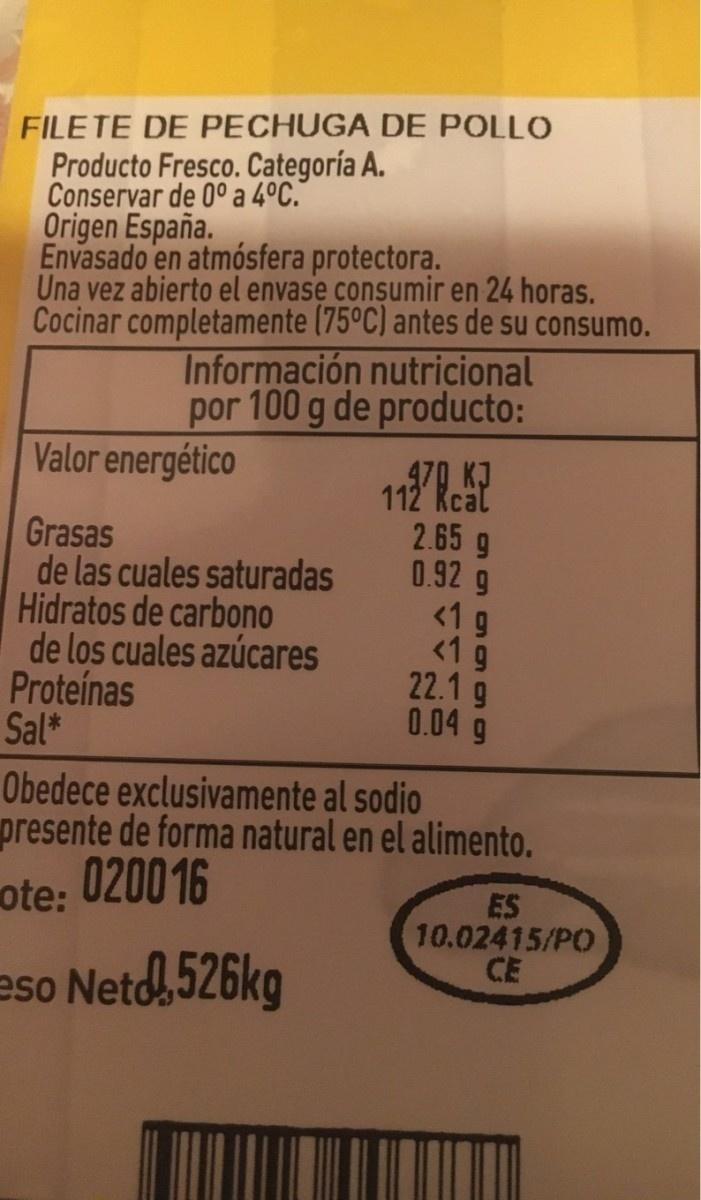
FILETE DE PECHUGA DE POLLO Producto Fresco. Categoría A. Conservar de 0° a 4°C." Origen España. Envasado en atmósfera protectora. Una vez abierto el envase consumir en 24 horas. Cocinar completamente (75°C) antes de su consumo. Información nutricional por 100 g de producto: Valor energético 479 K 112' Real 2.65 g 0.92 g <1 9 <19 22.1 g 0.04 g Grasas de las cuales saturadas Hidratos de carbono de los cuales azúcares Proteínas Sal* Obedece exclusivamente al sodio presente de forma natural en el alimento. ote: 0200 16 eso Netd, 526kg ES 10.02415/PO CE